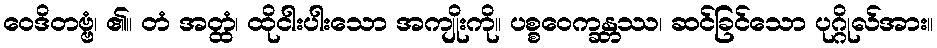
ဝေဒိတဗ္ဗံ၊ ၏။ တံ အတ္ထံ၊ ထိုငါးပါးသော အကျိုးကို။ ပစ္စဝေက္ခန္တဿ၊ ဆင်ခြင်သော ပုဂ္ဂိုလ်အား။